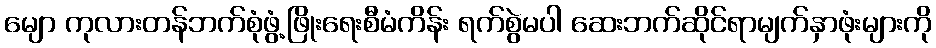
မျော ကုလားတန်ဘက်စုံဖွံ့ဖြိုးရေးစီမံကိန်း ရက်စွဲမပါ ဆေးဘက်ဆိုင်ရာမျက်နှာဖုံးများကို